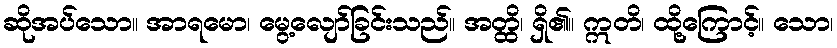
ဆိုအပ်သော။ အာရမော၊ မွေ့လျော်ခြင်းသည်။ အတ္ထိ၊ ရှိ၏။ ဣတိ၊ ထို့ကြောင့်။ သော၊